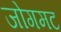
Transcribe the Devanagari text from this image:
जोगमट